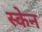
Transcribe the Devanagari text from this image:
स्‍केन